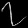
Digit: ၇